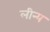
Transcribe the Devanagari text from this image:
लीन्य